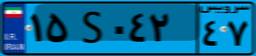
۱۵S۰۴۲۴۷